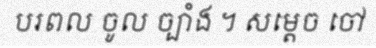
បរពល ចូល ច្បាំង ។ សម្តេច ចៅ